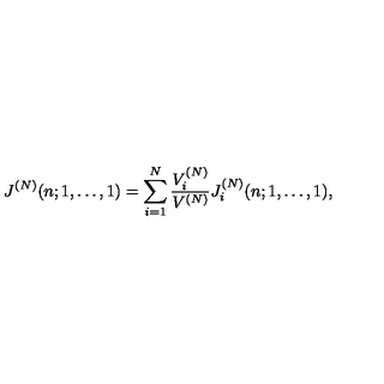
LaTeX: J ^ { ( N ) } ( n ; 1 , \ldots , 1 ) = \sum _ { i = 1 } ^ { N } \frac { V _ { i } ^ { ( N ) } } { V ^ { ( N ) } } J _ { i } ^ { ( N ) } ( n ; 1 , \ldots , 1 ) ,